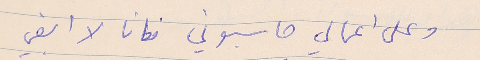
وعلى اعمالي حاسبوني فانا لا ابغي